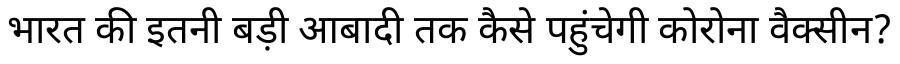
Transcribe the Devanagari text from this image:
भारत की इतनी बड़ी आबादी तक कैसे पहुंचेगी कोरोना वैक्सीन?